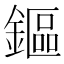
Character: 鏂